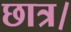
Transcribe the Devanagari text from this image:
छात्र।